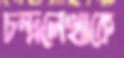
চন্দ্রলেখাকে